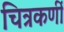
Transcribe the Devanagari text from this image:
चित्रकर्णी